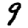
Digit: 9